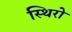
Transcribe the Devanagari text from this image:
स्थिरो